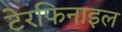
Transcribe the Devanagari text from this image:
टेरफिनाइल